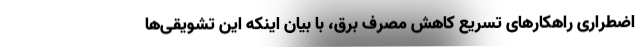
اضطراری راهکارهای تسریع کاهش مصرف برق، با بیان اینکه این تشویقی‌ها